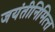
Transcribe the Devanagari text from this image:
जयंतीनिमित्‍त